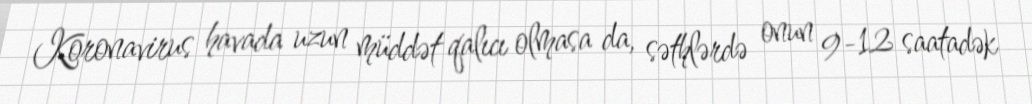
Koronavirus havada uzun müddət qalıcı olmasa da, səthlərdə onun 9-12 saatadək